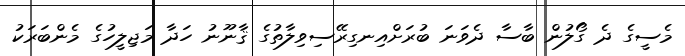
މެސީގެ ދެ ގޯލުން ބާސާ ދެވަނަ ބުރަށްއިނގިރޭސިވިލާތުގެ ޤާނޫނު ހަދާ މަޖިލީހުގެ މެންބަރަކު